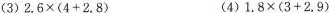
(3)$$2.6\times(4+2.8) $$(4$$)1.8\times(3+2.9)$$